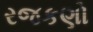
રજકણો